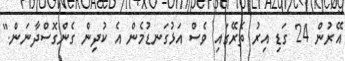
އޭރުން 24 ގަޑި އިރު ތެރޭގައި ވެސް އަޅުގަނޑުމެން އެ ކުދިން ގެންގޮސްދާނަން."